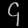
Digit: ၄